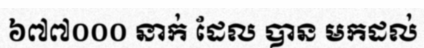
៦៧៧០០០ នាក់ ដែល បាន មកដល់